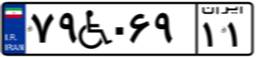
۸۲W۷۶۳۶۸